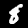
Label: 8